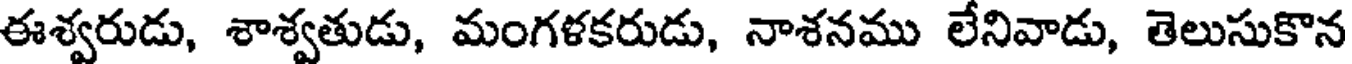
ఈశ్వరుడు, శాశ్వతుడు, మంగళకరుడు, నాశనము లేనివాడు, తెలుసుకొన